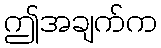
ဤအချက်က